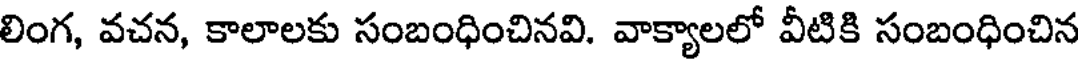
లింగ, వచన, కాలాలకు సంబంధించినవి. వాక్యాలలో వీటికి సంబంధించిన